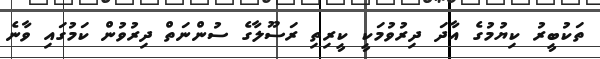
ތަކުބީރު ކިޔުމުގެ އާދަ ދިރުވުމަކީ ކީރިތި ރަސޫލާގެ ސުންނަތް ދިރުވުން ކަމުގައި ވާނެ